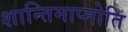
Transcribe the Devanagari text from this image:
शान्तिमाप्नोति